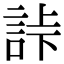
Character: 𧧎